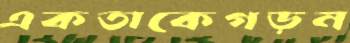
একতাকেগড়ন